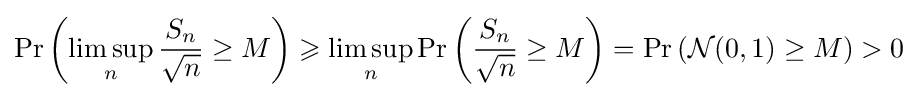
\Pr \left(\limsup _{n}{\frac {S_{n}}{\sqrt {n}}}\geq M\right)\geqslant \limsup _{n}\Pr \left({\frac {S_{n}}{\sqrt {n}}}\geq M\right)=\Pr \left({\mathcal {N}}(0,1)\geq M\right)>0